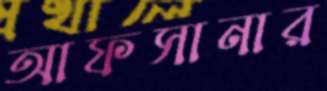
আফসানার